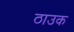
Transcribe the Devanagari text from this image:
ठाउक